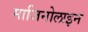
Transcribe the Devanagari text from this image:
माजिनोलाइन